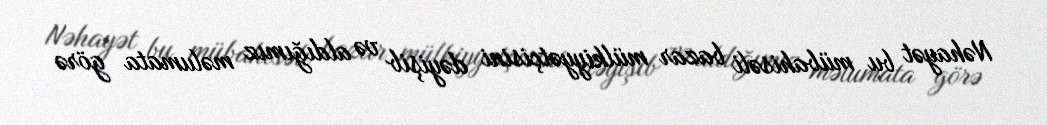
Nəhayət bu mübahisəli bazar mülkiyyətçisini dəyişib və aldığımız məlumata görə